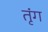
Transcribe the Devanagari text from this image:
तृंग